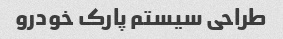
طراحی سیستم پارک خودرو